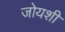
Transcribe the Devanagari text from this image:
जोयशी